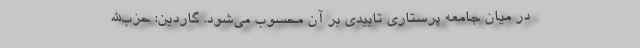
در میان جامعه پرستاری تاییدی بر آن محسوب می‌شود. گاردین: حزب‌الله